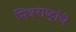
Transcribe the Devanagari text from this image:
मित्रराष्ट्रांचे